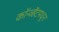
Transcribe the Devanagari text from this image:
कॉन्व्हेंटमधून